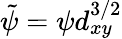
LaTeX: \tilde{\psi}=\psi d_{xy}^{3/2}